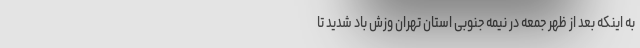
به اینکه بعد از ظهر جمعه در نیمه جنوبی استان تهران وزش باد شدید تا